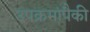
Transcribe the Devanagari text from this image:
उपक्रमांपैकी